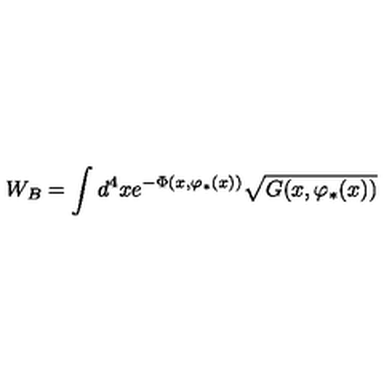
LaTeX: W _ { B } = \int d ^ { 4 } x e ^ { - \Phi ( x , \varphi _ { * } ( x ) ) } \sqrt { G ( x , \varphi _ { * } ( x ) ) }